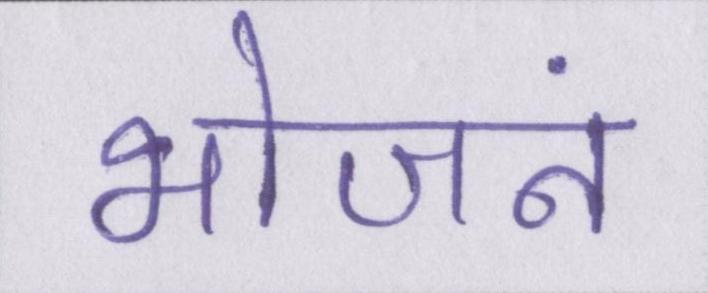
भोजनं